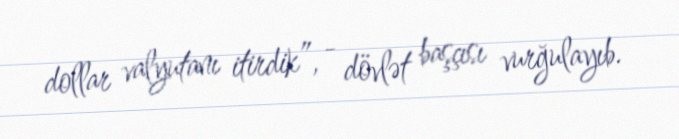
dollar valyutanı itirdik”, - dövlət başçısı vurğulayıb.